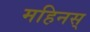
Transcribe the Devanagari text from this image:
महिनस्